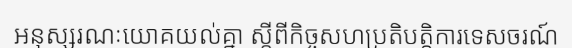
អនុស្សរណៈយោគយល់គ្នា ស្តីពីកិច្ចសហប្រតិបត្តិការទេសចរណ៍